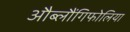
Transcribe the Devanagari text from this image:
औब्लौंगिफोलिया